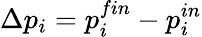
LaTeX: \Delta p_{i}=p_{i}^{fin}-p_{i}^{in}